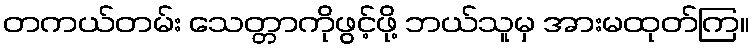
တကယ်တမ်း သေတ္တာကိုဖွင့်ဖို့ ဘယ်သူမှ အားမထုတ်ကြ။